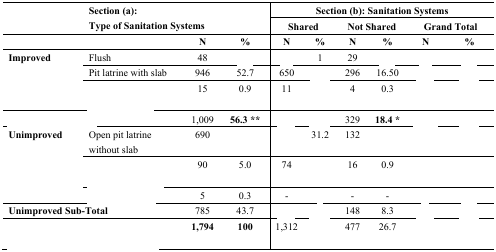
<table><thead><tr><td rowspan="2">[EMPTY_CELL]</td><td colspan="3" rowspan="2"><b>Section (a): Type of Sanitation Systems</b></td><td colspan="6"><b>Section (b): Sanitation Systems</b></td></tr><tr><td colspan="2"><b>Shared</b></td><td colspan="2"><b>Not Shared</b></td><td colspan="2"><b>Grand Total</b></td></tr><tr><td>[EMPTY_CELL]</td><td>[EMPTY_CELL]</td><td><b>N</b></td><td><b>%</b></td><td><b>N</b></td><td><b>%</b></td><td><b>N</b></td><td><b>%</b></td><td><b>N</b></td><td><b>%</b></td></tr></thead><tbody><tr><td rowspan="3"><b>Improved</b></td><td>Flush</td><td>48</td><td>[EMPTY_CELL]</td><td>[EMPTY_CELL]</td><td>1</td><td>29</td><td>[EMPTY_CELL]</td><td>[EMPTY_CELL]</td><td>[EMPTY_CELL]</td></tr><tr><td>Pit latrine with slab</td><td>946</td><td>52.7</td><td>650</td><td>[EMPTY_CELL]</td><td>296</td><td>16.50</td><td>[EMPTY_CELL]</td><td>[EMPTY_CELL]</td></tr><tr><td>[EMPTY_CELL]</td><td>15</td><td>0.9</td><td>11</td><td>[EMPTY_CELL]</td><td>4</td><td>0.3</td><td>[EMPTY_CELL]</td><td>[EMPTY_CELL]</td></tr><tr><td colspan="2">[EMPTY_CELL]</td><td>1,009</td><td><b>56.3 **</b></td><td>[EMPTY_CELL]</td><td>[EMPTY_CELL]</td><td>329</td><td><b>18.4 *</b></td><td>[EMPTY_CELL]</td><td>[EMPTY_CELL]</td></tr><tr><td rowspan="3"><b>Unimproved</b></td><td>Open pit latrine without slab</td><td>690</td><td>[EMPTY_CELL]</td><td>[EMPTY_CELL]</td><td>31.2</td><td>132</td><td>[EMPTY_CELL]</td><td>[EMPTY_CELL]</td><td>[EMPTY_CELL]</td></tr><tr><td>[EMPTY_CELL]</td><td>90</td><td>5.0</td><td>74</td><td>[EMPTY_CELL]</td><td>16</td><td>0.9</td><td>[EMPTY_CELL]</td><td>[EMPTY_CELL]</td></tr><tr><td>[EMPTY_CELL]</td><td>5</td><td>0.3</td><td>-</td><td>[EMPTY_CELL]</td><td>-</td><td>-</td><td>[EMPTY_CELL]</td><td>[EMPTY_CELL]</td></tr><tr><td colspan="2"><b>Unimproved Sub-Total</b></td><td>785</td><td>43.7</td><td>[EMPTY_CELL]</td><td>[EMPTY_CELL]</td><td>148</td><td>8.3</td><td>[EMPTY_CELL]</td><td>[EMPTY_CELL]</td></tr><tr><td colspan="2">[EMPTY_CELL]</td><td><b>1,794</b></td><td><b>100</b></td><td>1,312</td><td>[EMPTY_CELL]</td><td>477</td><td>26.7</td><td>[EMPTY_CELL]</td><td>[EMPTY_CELL]</td></tr></tbody></table>